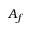
A _ { f }